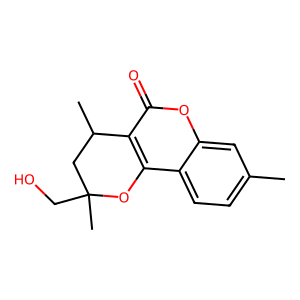
SMILES: Cc1ccc2c3c(c(=O)oc2c1)C(C)CC(C)(CO)O3
Inhibits HIV replication: No